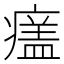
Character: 𤹺